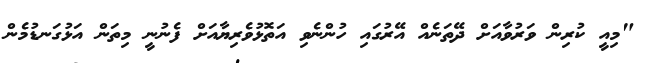
"މިއީ ކުރިން ވަރުވާއަށް ދޭތަނެއް އޭރުގައި ހުންނެވި އަތޮޅުވެރިޔާއަށް ފެނުނީ މިތަން އަޅުގަނޑުމެން